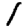
Digit: 1